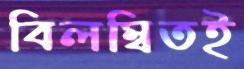
বিলম্বিতই